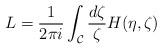
LaTeX: \begin{align*} L = \frac{1}{2\pi i} \int_{\mathcal{C}} \frac{d\zeta}{\zeta} H(\eta,\zeta)\end{align*}